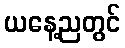
ယနေ့ညတွင်